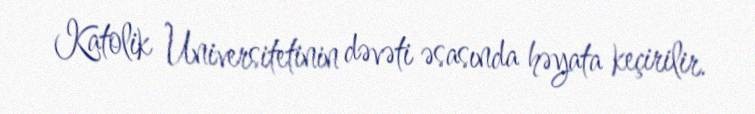
Katolik Universitetinin dəvəti əsasında həyata keçirilir.